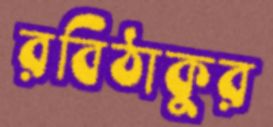
রবিঠাকুর